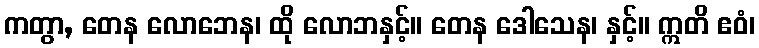
ကတွာ, တေန လောဘေန၊ ထို လောဘနှင့်။ တေန ဒေါသေန၊ နှင့်။ ဣတိ ဧဝံ၊